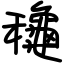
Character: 龝